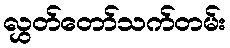
လွှတ်တော်သက်တမ်း